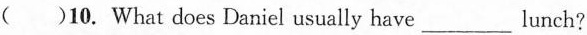
( )10. What does Daniel usually have___lunch?